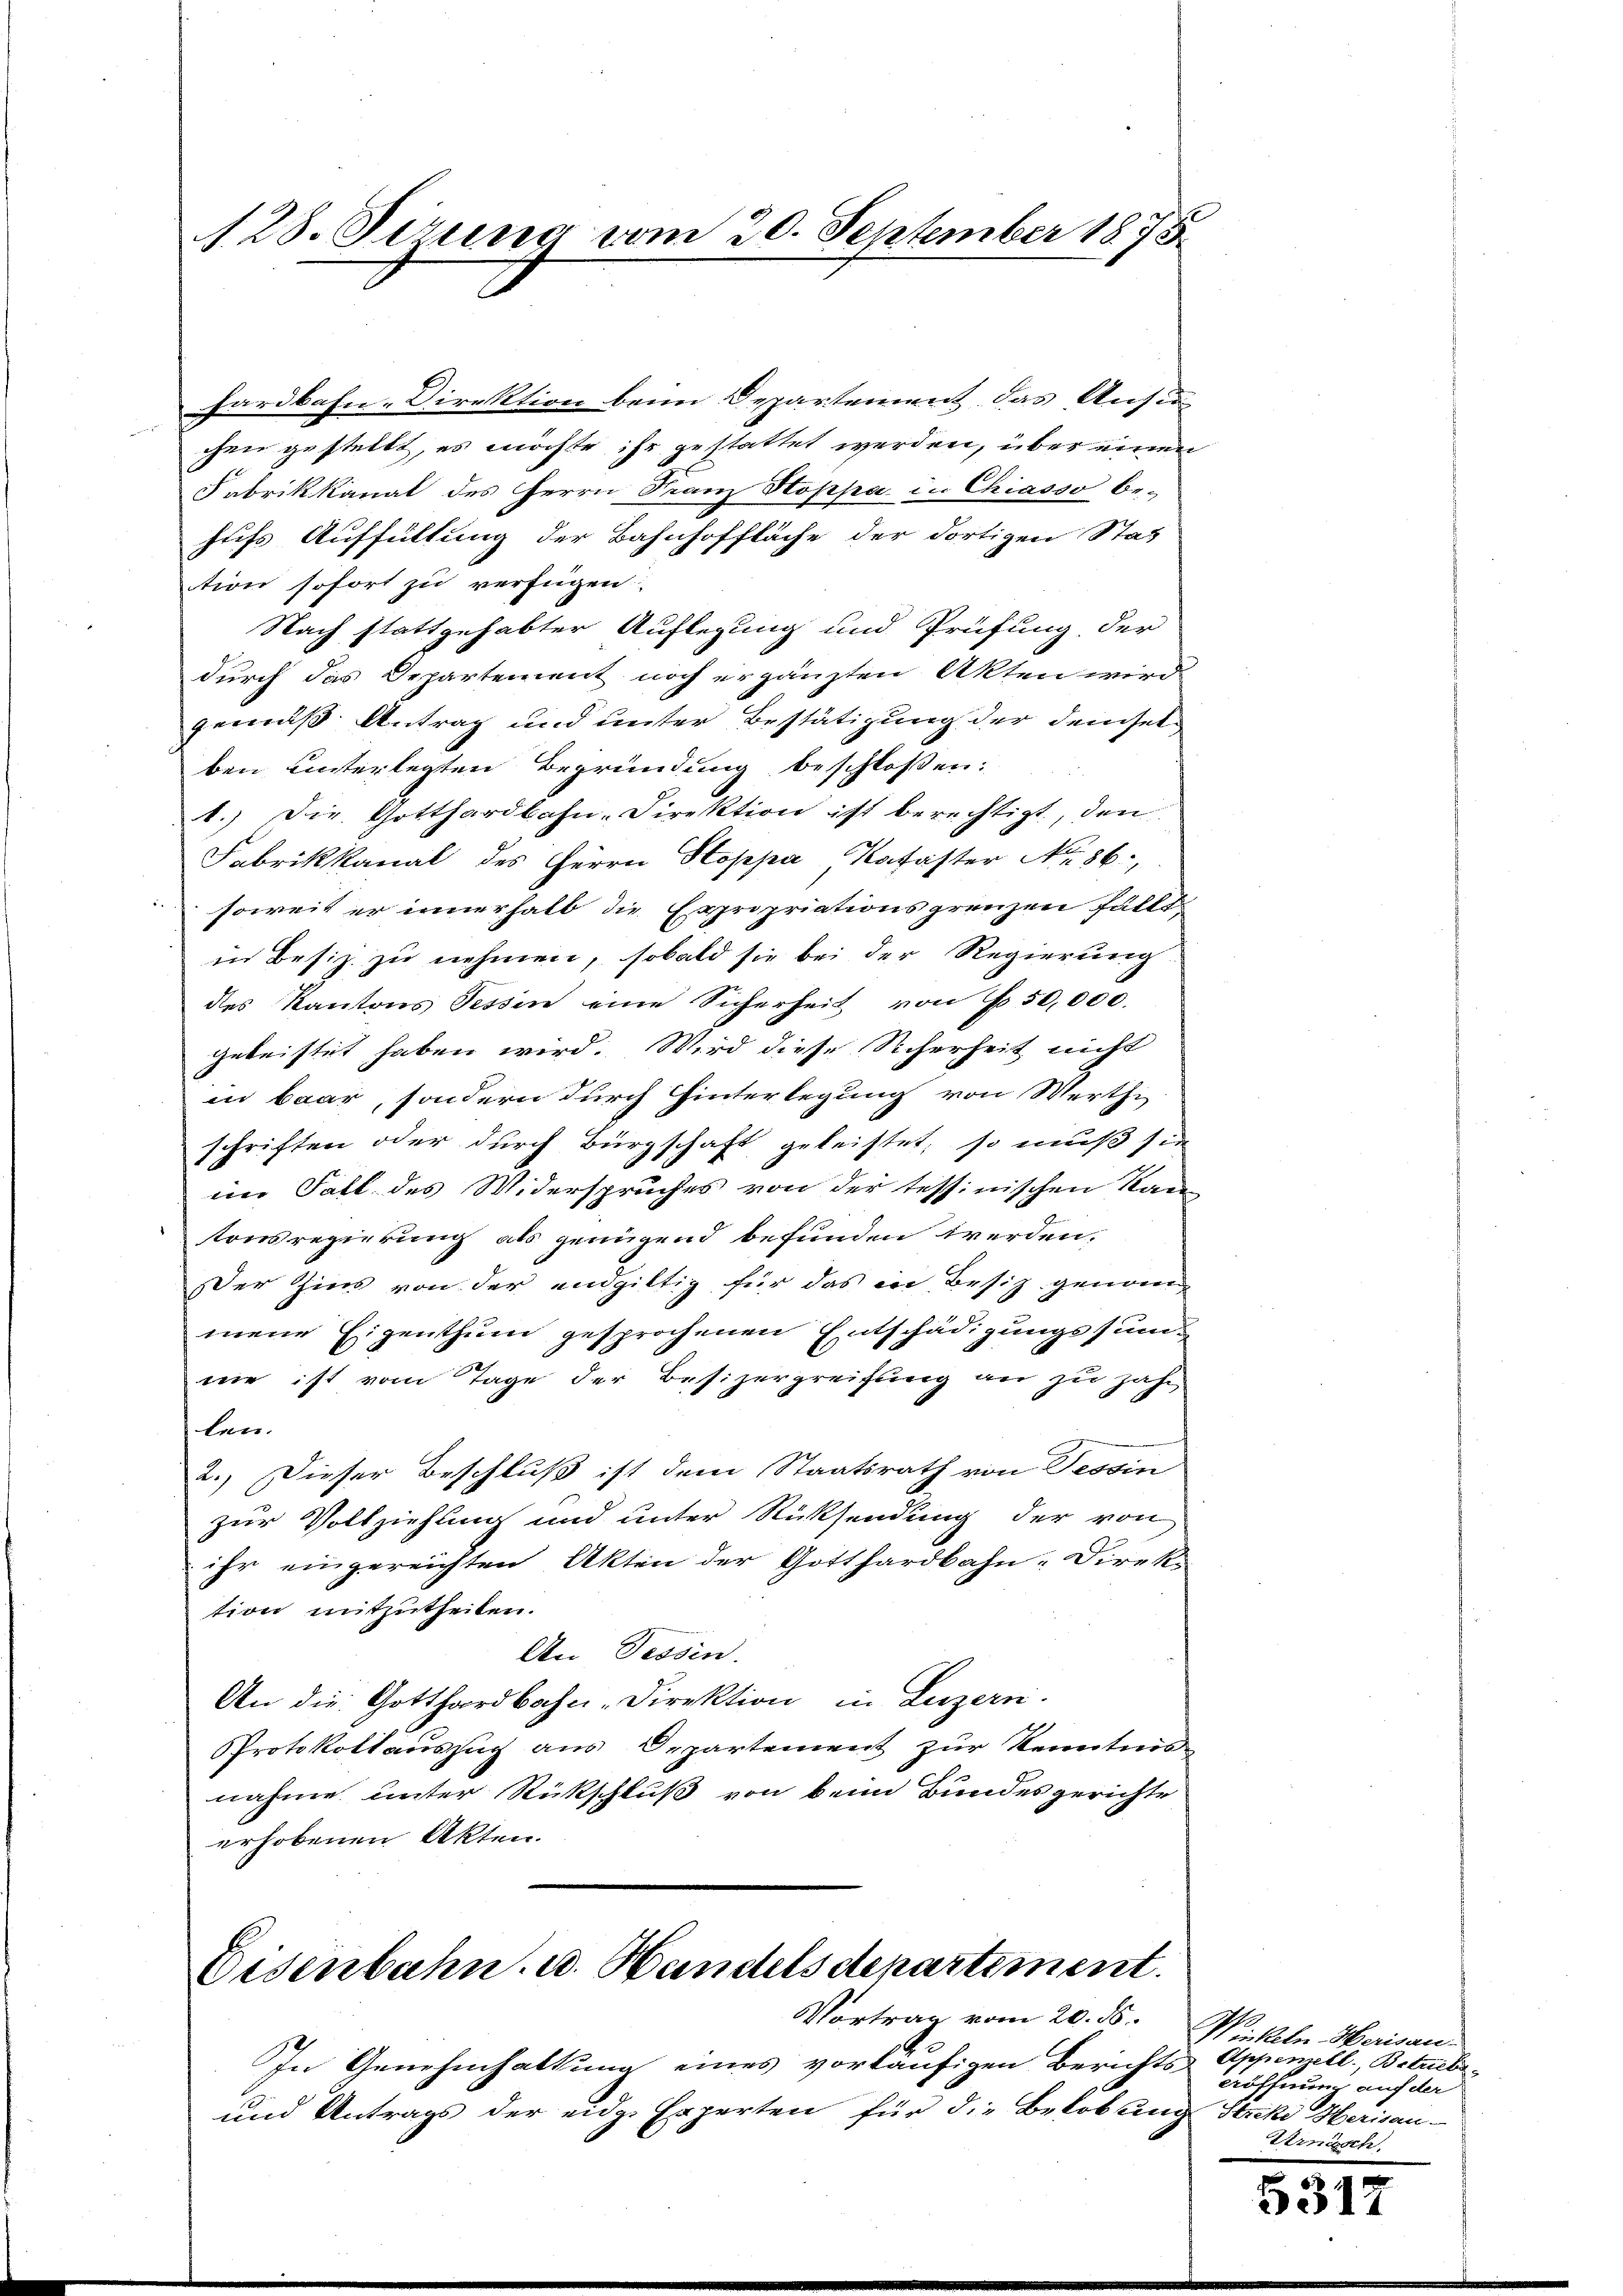
128. Serung vom 20. September 1875

hardbahn-Direktion beim Departement das Ansie
chen gestellt, es möchte ihr gestattet werden, über einen
Fabrikkanat des Herrn Franz Hoppa in Chiasso be-
hufs Auffüllung der Bahnhoffläche der dortigen Stat
tion sofort zu verfügen:
Nach stattgehabter Auflegung und Prüfung der
durch das Departement noch ergänzten Akten wird
gemäß Antrag und unter Bestätigung der demselben unterlegten Begründung beschlossen:
1.) Die Gotthardbahn-Direktion ist berechtigt, den
Fabrikkanal des Herrn Hoppa, Kataster No. 86.
soweit er innerhalb die Expropriationsgrenzen fällt.
in Besiz zu nehmen, sobald sie bei der Regierung
des Kantons Tessin eine Sicherheit von No 50,000.
geleistet haben wird. Wird diese Sicherheit nicht
in baar, sondern durch Hinterlegung von Werthi
schriften oder durch Bürgschaft geleistet, so muß sie
in Fall des Widerspruches von der tessinischen Kan
tonsregierung als genügend befunden werden.
Der Zins von der endgültig für das in Besitz genommene Eigenthum gesprochenen Entschädigungssumnie ist vom Tage der Besizergreifung an zu zah
len.
2.) Dieser Beschluß ist dem Staatsrath von Tessin
zur Vollziehung und unter Rücksendung der von
ihr eingereichten Akten der Gotthardbahn-Direktion mitzutheilen.
An Tessin.
An die Gotthardbahn-Direktion in Luzern.
PProtokollauszug aus Departement zur Kenntnis
nahme unter Rückschluß von beim Bundesgerichte
erhobenen Akten.

Eisenbahn. u. Handels departement.
Vortrag vom 20. ds.

In Genehmhaltung eines vorläufigen Berichts-
und Antrags der eidg. Experten für die Belobung Streke Herisau-

Winkeln Herisau.
Appenzell, Betrieb
Aöffnung auf der
Vernisch

5317